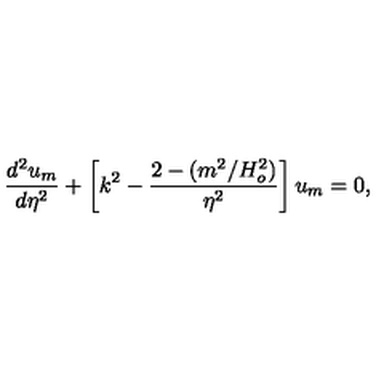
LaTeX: { \frac { d ^ { 2 } u _ { m } } { d \eta ^ { 2 } } } + \left[ k ^ { 2 } - { \frac { 2 - ( m ^ { 2 } / H _ { o } ^ { 2 } ) } { \eta ^ { 2 } } } \right] u _ { m } = 0 ,